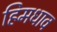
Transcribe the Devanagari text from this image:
हिमधाव